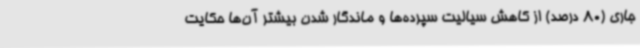
جاری (80 درصد) از کاهش سیالیت سپرده‌ها و ماندگار شدن بیشتر آن‌ها حکایت